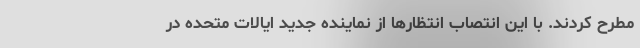
مطرح کردند. با این انتصاب انتظارها از نماینده جدید ایالات متحده در